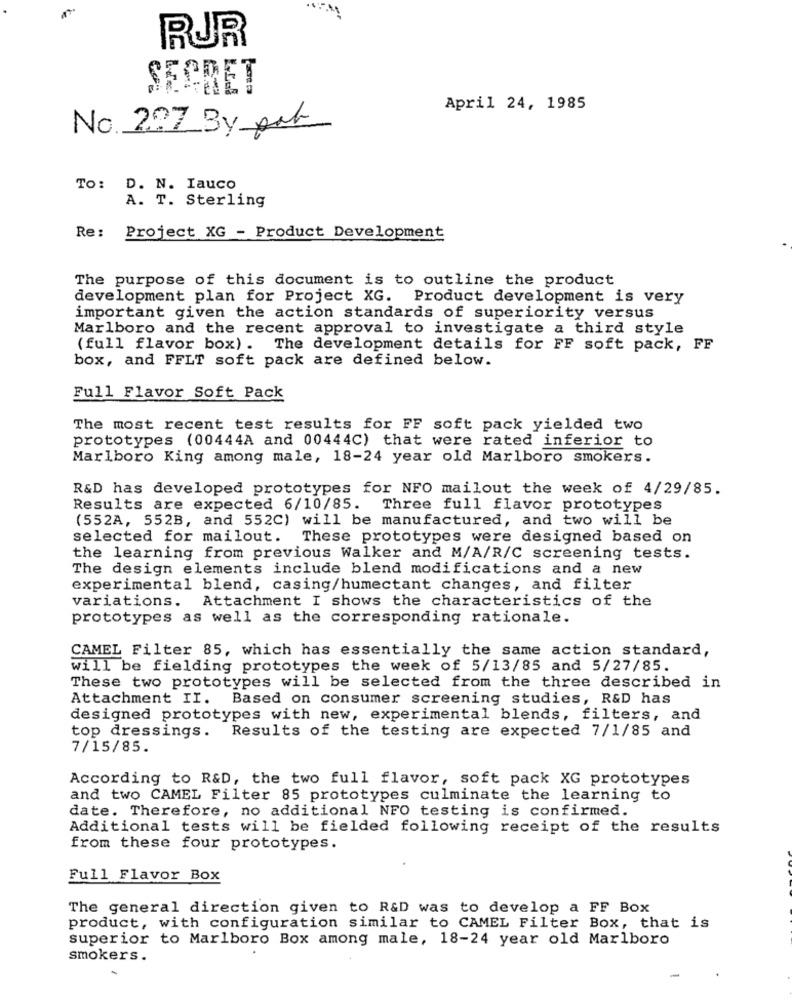
RUR
SECRET
April 24, 1985
No. 207 By pat
To: D. N. Iauco
A. T. Sterling
Re:
Project XG - Product Development
The purpose of this document is to outline the product
development plan for Project XG. Product development is very
important given the action standards of superiority versus
Marlboro and the recent approval to investigate a third style
(full flavor box) . The development details for FF soft pack, FF
box, and FFLT soft pack are defined below.
Full Flavor Soft Pack
The most recent test results for FF soft pack yielded two
prototypes (00444A and 00444C) that were rated inferior to
Marlboro King among male, 18-24 year old Marlboro smokers.
R&D has developed prototypes for NFO mailout the week of 4/29/85.
Results are expected 6/10/85. Three full flavor prototypes
(552A, 552B, and 552C) will be manufactured, and two will be
selected for mailout. These prototypes were designed based on
the learning from previous Walker and M/A/R/C screening tests.
The design elements include blend modifications and a new
experimental blend, casing/humectant changes, and filter
variations. Attachment I shows the characteristics of the
prototypes as well as the corresponding rationale.
CAMEL Filter 85, which has essentially the same action standard,
will be fielding prototypes the week of 5/13/85 and 5/27/85.
These two prototypes will be selected from the three described in
Attachment II. Based on consumer screening studies, R&D has
designed prototypes with new, experimental blends, filters, and
top dressings.
Results of the testing are expected 7/1/85 and
7/15/85.
According to R&D, the two full flavor, soft pack XG prototypes
and two CAMEL Filter 85 prototypes culminate the learning to
date. Therefore, no additional NFO testing is confirmed.
Additional tests will be fielded following receipt of the results
from these four prototypes.
Full Flavor Box
The general direction given to R&D was to develop a FF Box
product, with configuration similar to CAMEL Filter Box, that is
superior to Marlboro Box among male, 18-24 year old Marlboro
smokers .